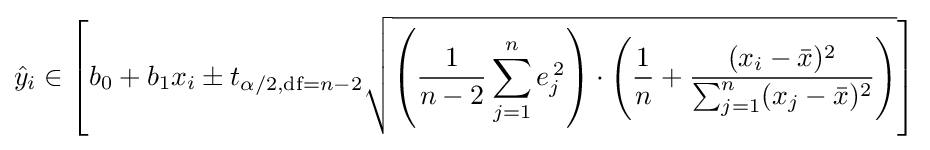
{\hat {y}}_{i}\in \left[b_{0}+b_{1}x_{i}\pm t_{\alpha /2,{\text{df}}=n-2}{\sqrt {\left({\frac {1}{n-2}}\sum _{j=1}^{n}e_{j}^{\,2}\right)\cdot \left({\frac {1}{n}}+{\frac {(x_{i}-{\bar {x}})^{2}}{\sum _{j=1}^{n}(x_{j}-{\bar {x}})^{2}}}\right)}}\right]